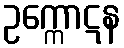
ဥက္ကောဋန